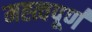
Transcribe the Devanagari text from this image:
मह्त्वपूण॑